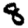
Digit: 8